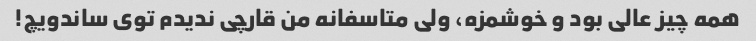
همه چیز عالی بود و خوشمزه، ولی متاسفانه من قارچی ندیدم توی ساندویچ!